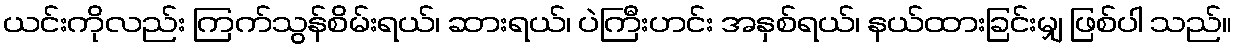
ယင်းကိုလည်း ကြက်သွန်စိမ်းရယ်၊ ဆားရယ်၊ ပဲကြီးဟင်း အနှစ်ရယ်၊ နယ်ထားခြင်းမျှ ဖြစ်ပါ သည်။